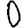
Digit: 0